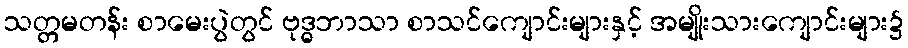
သတ္တမတန်း စာမေးပွဲတွင် ဗုဒ္ဓဘာသာ စာသင်ကျောင်းများနှင့် အမျိုးသားကျောင်းများ၌